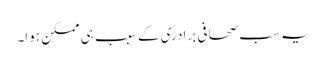
یہ سب صحافی برادری کے سبب ہی ممکن ہوا۔